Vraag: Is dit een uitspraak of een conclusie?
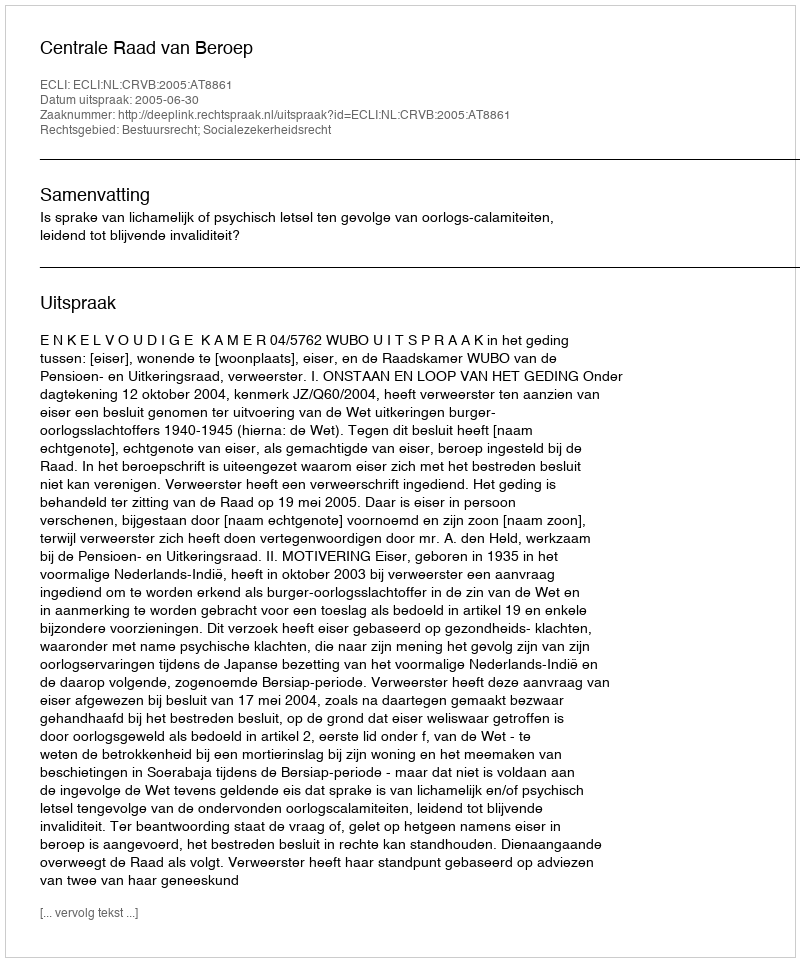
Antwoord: Uitspraak